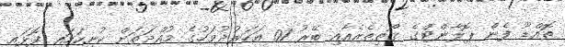
ތޮއްޑޫ ފެން ޕޮލާންޓްގެ ގޯތިތެރެއާއި ބޭރު 01 އަހަރުދުވަހުގެ މުއްދަތަށް ކުނިކަހައި ފޮޅައި